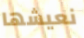
نعيشها